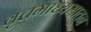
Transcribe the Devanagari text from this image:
वृत्तमाध्यमातून